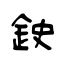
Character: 鉂